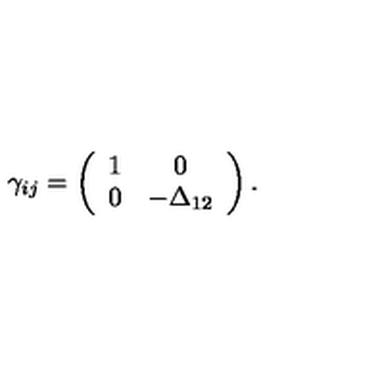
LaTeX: \gamma _ { i j } = \left( \begin{array} { c c } { 1 } & { 0 } \\ { 0 } & { - \Delta _ { 1 2 } } \\ \end{array} \right) .